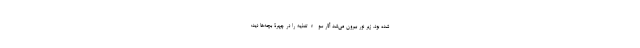
شده بود. زیرِ نورِ بیرون می‌شد آثار سوءتغذیه را در چهرۀ بچه‌ها دید: